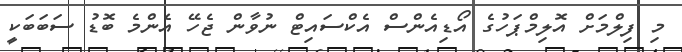
މި ފިލްމަށް އޮލިމްޕަހުގެ އޯޑިއެންސް އެކްސައިޓް ނުވާން ޖެހޭ އެންމެ ބޮޑު ސަބަބަކީ